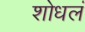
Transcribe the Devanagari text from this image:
शोधलं